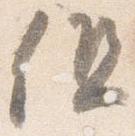
但